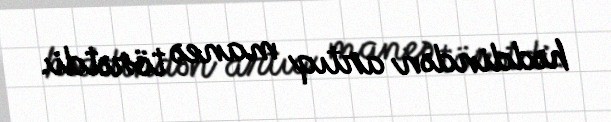
həddindən artıq maneə törətdi.